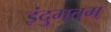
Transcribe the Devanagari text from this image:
इंदुमतम्